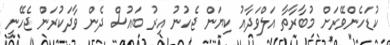
ކުޑަހެންވޭރަށް މުބާރާތާ އަލްވަދާއު ކިޔަން ޖެހުނު އިރު ބައުސް ދެން ވާދަކުރަން ޖެހޭނީ